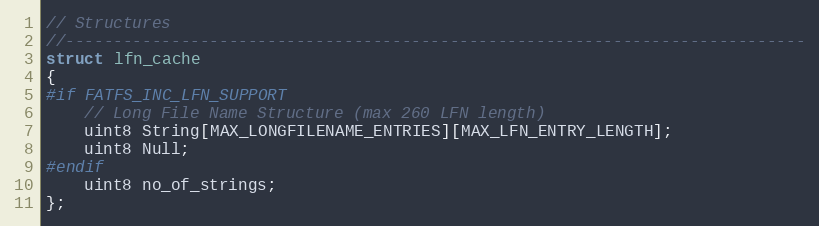
Language: C
// Structures
//-----------------------------------------------------------------------------
struct lfn_cache
{
#if FATFS_INC_LFN_SUPPORT
    // Long File Name Structure (max 260 LFN length)
    uint8 String[MAX_LONGFILENAME_ENTRIES][MAX_LFN_ENTRY_LENGTH];
    uint8 Null;
#endif
    uint8 no_of_strings;
};